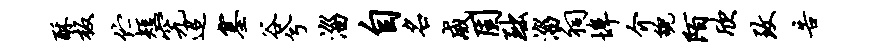
酥板伫短究迢塞谷兮淄自名威固黜淄祠埠介貌陌欣致告